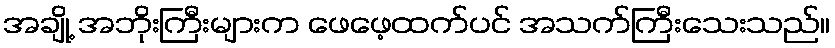
အချို့ အဘိုးကြီးများက ဖေဖေ့ထက်ပင် အသက်ကြီးသေးသည်။